Civil Veterinary Department Bihar & Orissa reports 1929-36 - 1929-1936
Year: 1929
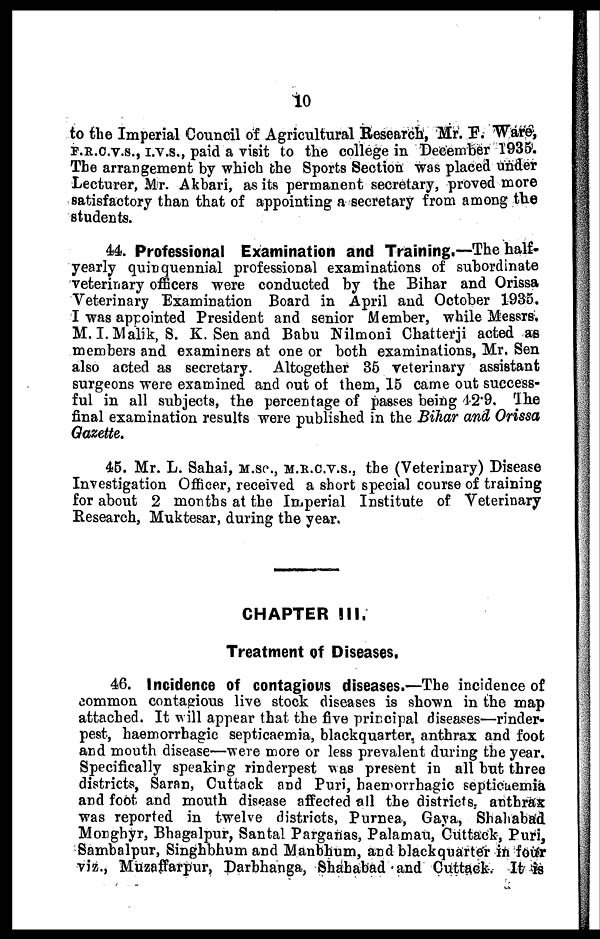
10
to the Imperial Council of Agricultural Research, Mr. F. Ware,
F.R.C.V.S., I.V.S., paid a visit to the college in December 1935.
The arrangement by which the Sports Section was placed under
Lecturer, Mr. Akbari, as its permanent secretary, proved more
satisfactory than that of appointing a secretary from among the
students.
44. Professional Examination and Training.—The half-
yearly quinquennial professional examinations of subordinate
veterinary officers were conducted by the Bihar and Orissa
Veterinary Examination Board in April and October 1935.
I was appointed President and senior Member, while Messrs.
M. I.Malik, S. K. Sen and Babu Nilmoni Chatterji acted as
members and examiners at one or both examinations, Mr. Sen
also acted as secretary. Altogether 36 veterinary assistant
surgeons were examined and out of them, 15 came out success-
ful in all subjects, the percentage of passes being 42.9. The
final examination results were published in the Bihar and Orissa
Gazette.
45. Mr. L. Sahai, M.SC., M.R.C.V.S., the (Veterinary) Disease
Investigation Officer, received a short special course of training
for about 2 months at the Imperial Institute of Veterinary
Research, Muktesar, during the year.
CHAPTER III.
Treatment of Diseases,
46. Incidence of contagious diseases.—The incidence of
common contagious live stock diseases is shown in the map
attached. It will appear that the five principal diseases—rinder-
pest, haemorrhagic septicaemia, blackquarter, anthrax and foot
and mouth disease—were more or less prevalent during the year.
Specifically speaking rinderpest was present in all but three
districts, Saran, Cuttack and Puri, haemorrhagic septicaemia
and foot and mouth disease affected all the districts, anthrax
was reported in twelve districts, Purnea, Gaya, Shahabad
Monghyr, Bhagalpur, Santal Parganas, Palamau, Cuttack, Puri,
Sambalpur, Singhbhum and Manbhum, and blackquarter in four
viz., Muzaffarpur, Darbhanga, Shahabad and Cuttack. It is